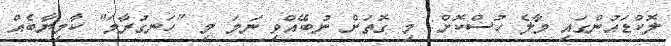
ލޮކްޑައުންގައި މާލެ ހުސްކޮށް: މި ގޮތަށް ނުބޭއްވި ނަމަ މި "ހަނގުރާމަ" ކާމިޔާބެއް